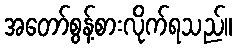
အတော်စွန့်စားလိုက်ရသည်။